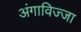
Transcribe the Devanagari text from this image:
अंगाविज्जा